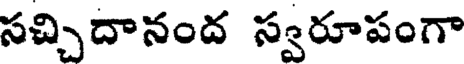
సచ్చిదానంద స్వరూపంగా